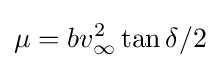
\mu =bv_{\infty }^{2}\tan \delta /2